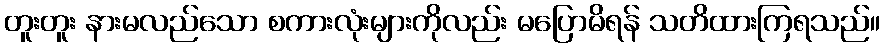
တူးတူး နားမလည်သော စကားလုံးများကိုလည်း မပြောမိရန် သတိထားကြရသည်။